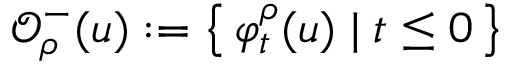
\mathcal { O } _ { \rho } ^ { - } ( u ) : = \left\{ \, \varphi _ { t } ^ { \rho } ( u ) \; \vert \; t \leq 0 \, \right\}